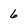
Character: 6